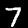
Label: 7